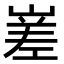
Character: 嵳